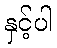
နှင့်ပါ